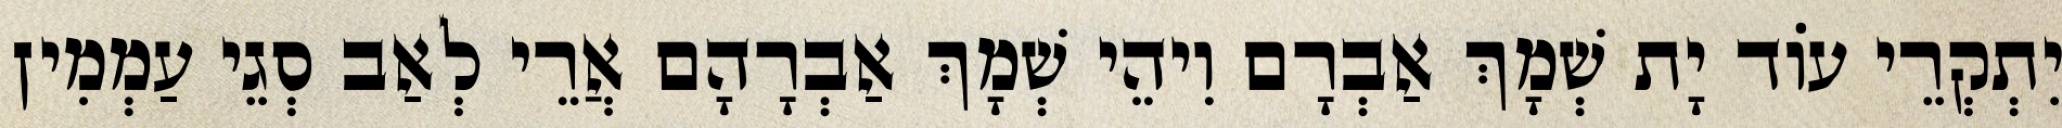
יִתְקְרֵי עוֹד יָת שְׁמָךְ אַבְרָם וִיהֵי שְׁמָךְ אַבְרָהָם אֲרֵי לְאַב סְגֵי עַמְמִין